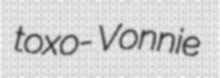
toxo- Vonnie